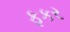
ફકર